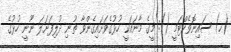
(ހ) ސައިނޮވެކްޓަމީ (): މީގެ މާނައަކީ ހުޅުގެވަށައިގެންވާ ތުނި ދުލިފަށަލަ ނޫނީ ހުޅުގެ